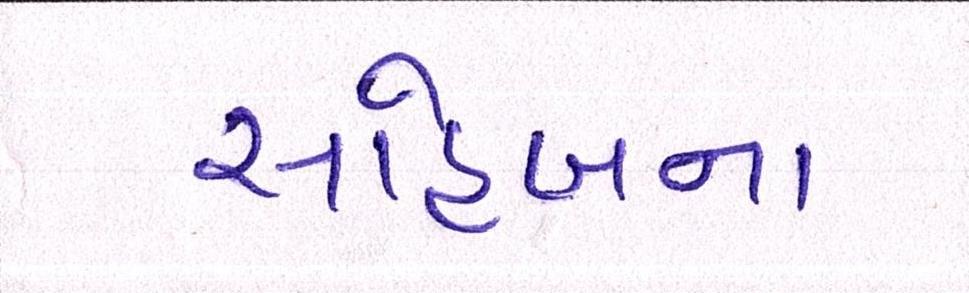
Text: સાહેબના